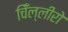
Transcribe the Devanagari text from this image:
चिँल्लीरो